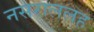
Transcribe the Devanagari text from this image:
नसराललह